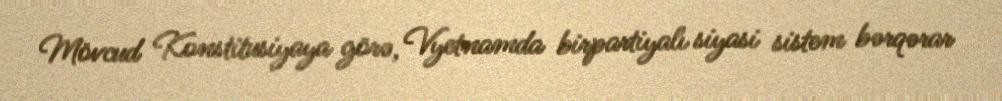
Mövcud Konstitusiyaya görə, Vyetnamda birpartiyalı siyasi sistem bərqərar